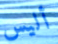
أليس